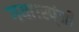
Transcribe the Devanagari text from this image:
गया।स्प्ंजी